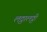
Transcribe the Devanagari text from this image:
लठ्ठालठ्ठी